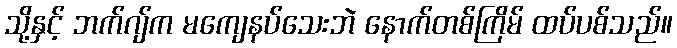
သို့နှင့် ဘက်ဂျ်က မကျေနပ်သေးဘဲ နောက်တစ်ကြိမ် ထပ်ပစ်သည်။